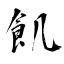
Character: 飢